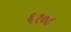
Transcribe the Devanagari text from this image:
६१०८